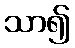
သာ၍